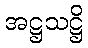
အဋ္ဌသဋ္ဌိ